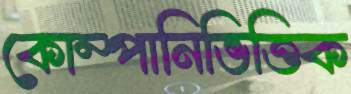
কোম্পানিভিত্তিক